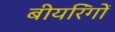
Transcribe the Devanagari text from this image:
बीयरिंगों